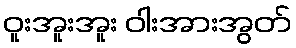
ဝူးအူးအူး ဝါးအားအွတ်